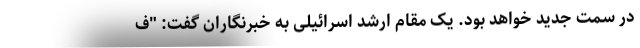
در سمت جدید خواهد بود. یک مقام ارشد اسرائیلی به خبرنگاران گفت: "ف